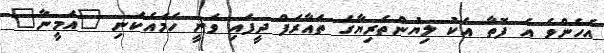
އެހެންވެ އެ ފޮތާ އެކު ލިޔުންތެރިޔާގެ ތައާރަފް ދީފައި ވަނީ ހަމައެކަނި "އަމީނާ"